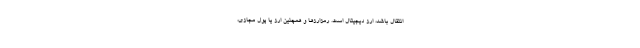
انتقال باشد، ارز دیجیتال است. رمزارزها و همچنین ارز یا پول مجازی،